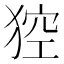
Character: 𤟄